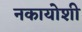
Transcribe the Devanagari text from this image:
नकायोशी